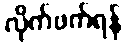
လိုက်ဖက်ရန်